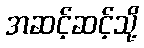
အဆင့်ဆင့်သို့